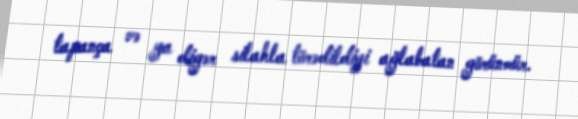
tapança və ya digər silahla törədildiyi ağlabatan görünmür.